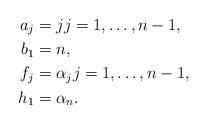
LaTeX: \begin{align*}a_j &= j j = 1, \ldots , n-1,\\ b_1 &= n,\\ f_j &= \alpha_j j = 1, \ldots , n-1, \\ h_1 &= \alpha_n.\end{align*}